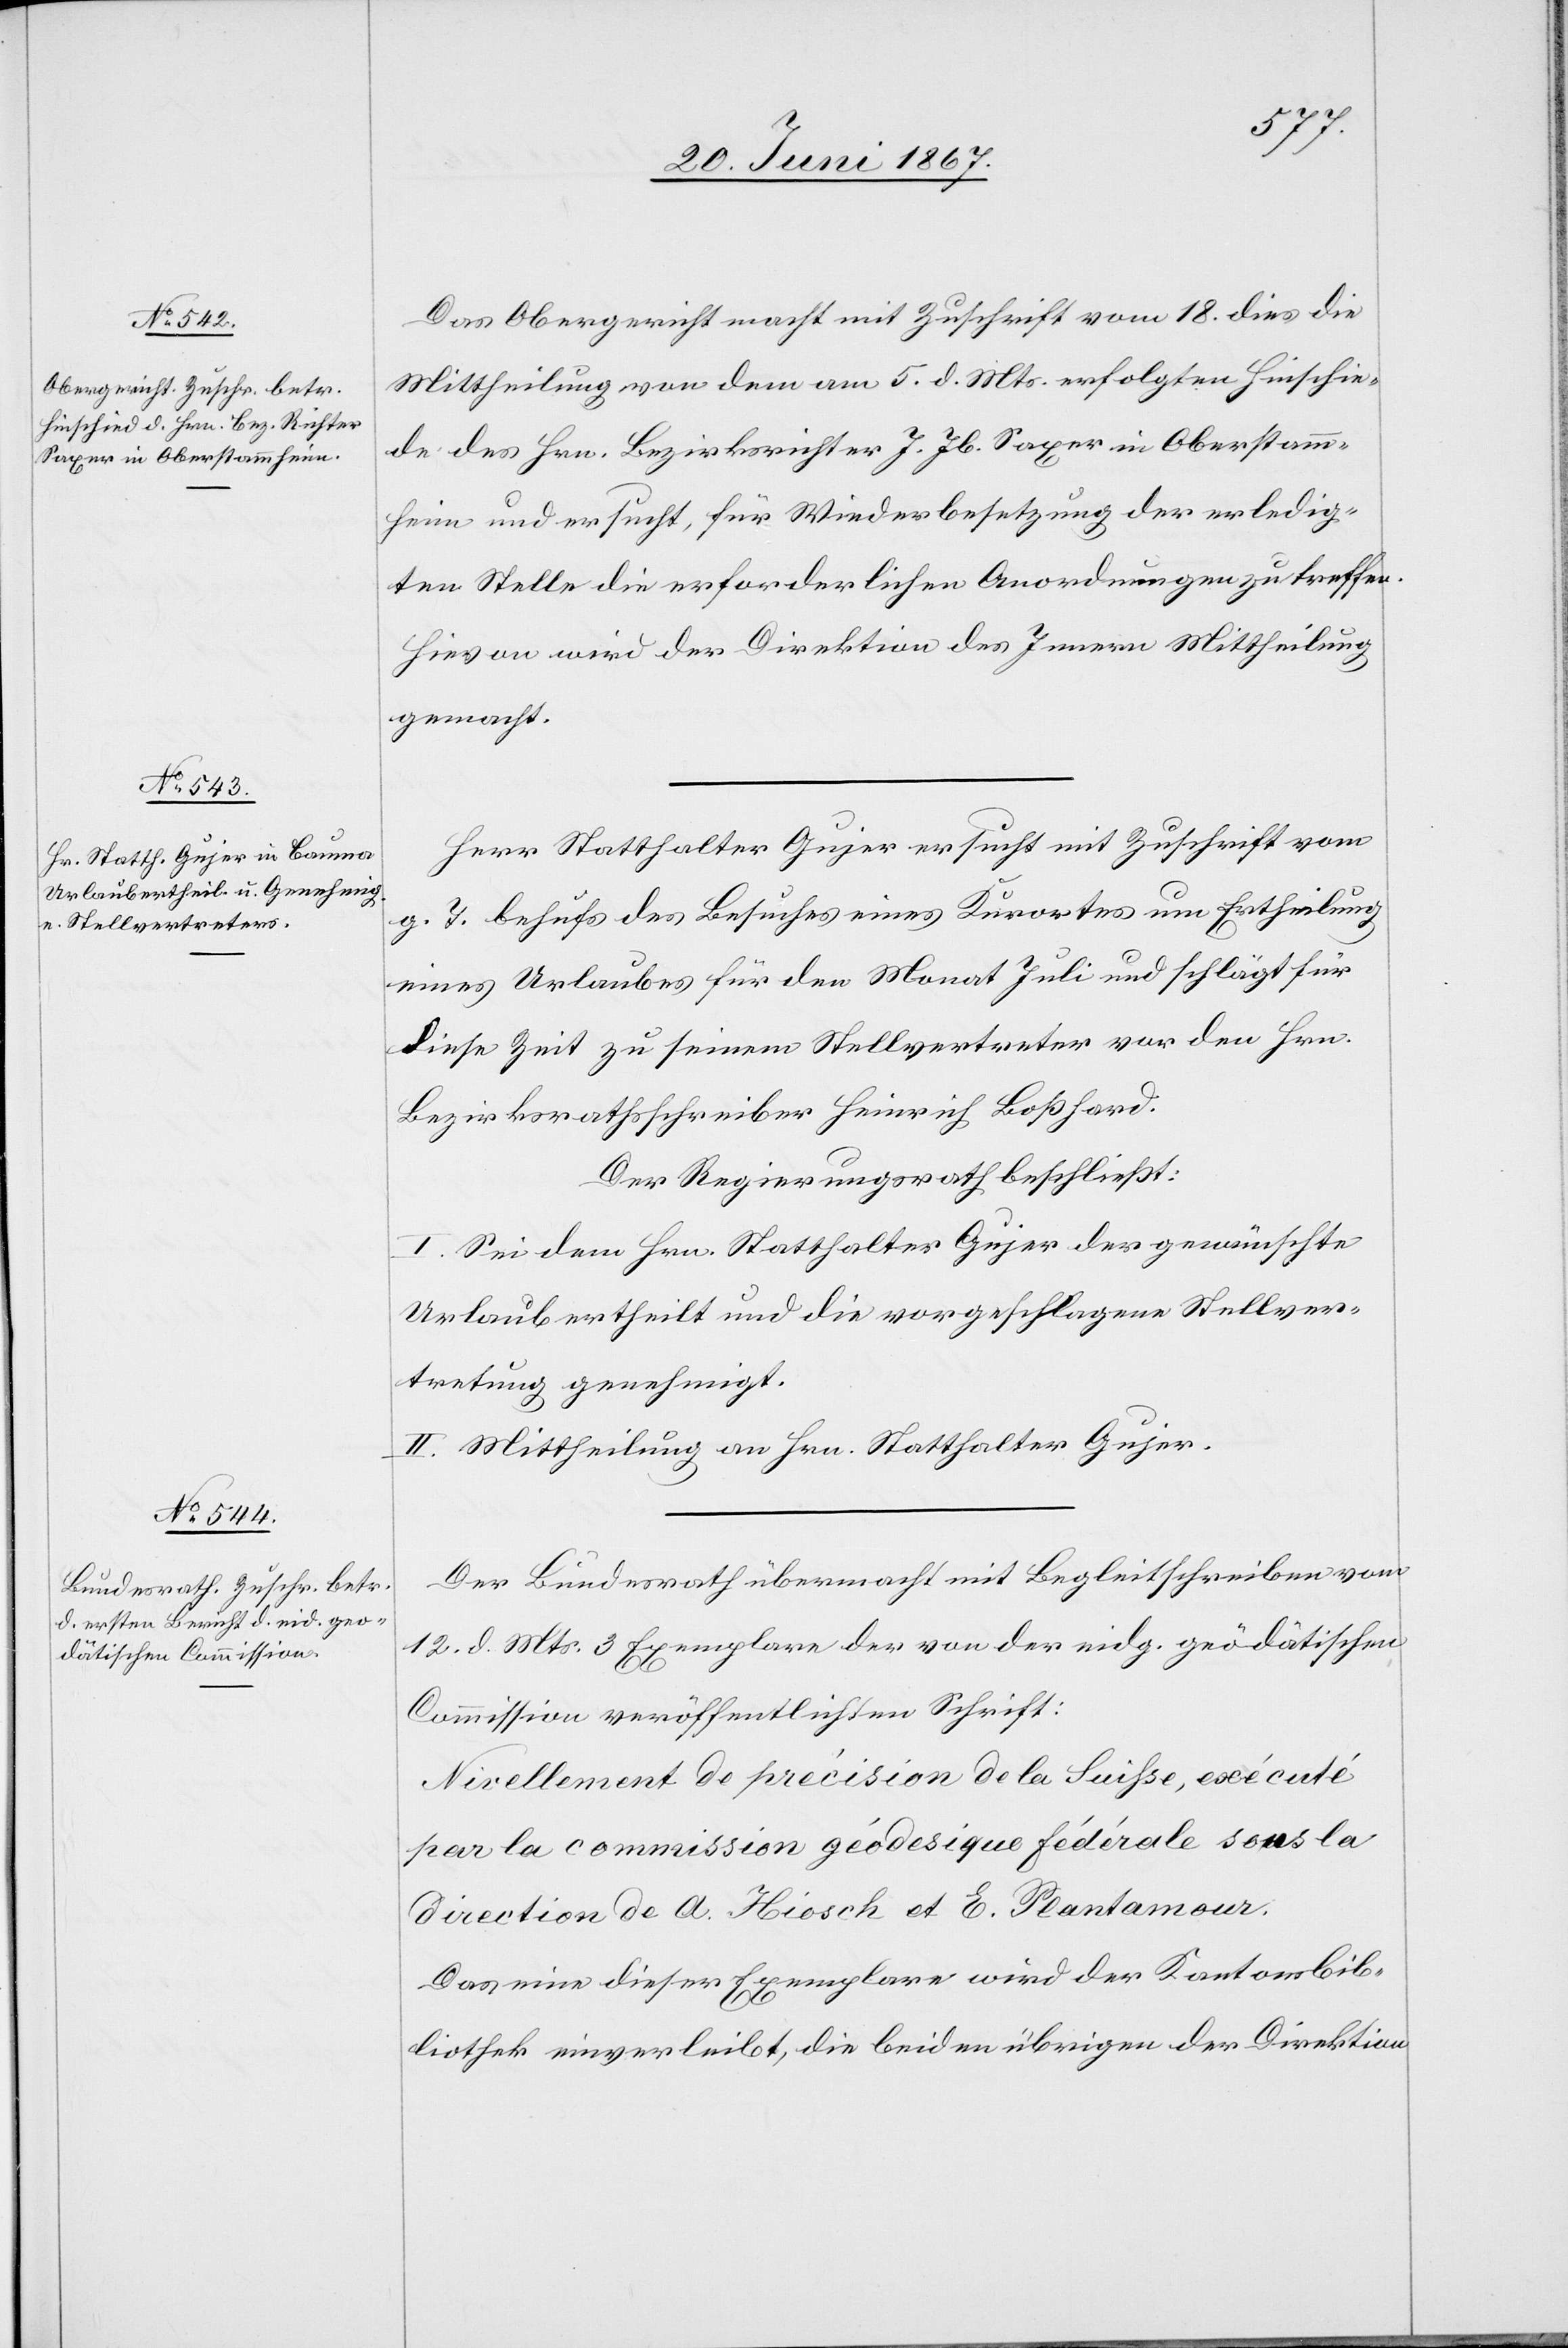
Das Obergericht macht mit Zuschrift vom 18. dies die
Mittheilung von dem am 5. d. Mts. erfolgten Hinschie¬
de des Hrn. Bezirksrichter J. Jb. Saxer in Oberstamm¬
heim und ersucht, für Wiederbesetzung der erledig¬
ten Stelle die erforderlichen Anordnungen zu treffen.
Hievon wird der Direktion des Innern Mittheilung
gemacht.
Herr Statthalter Gujer ersucht mit Zuschrift vom
g. T. behufs des Besuches eines Kurortes um Ertheilung
eines Urlaubes für den Monat Juli und schlägt für
diese Zeit zu seinem Stellvertreter vor den Hrn.
Bezirksrathsschreiber Heinrich Boßhard.
Der Regierungsrath beschließt:
I. Sei dem Hrn. Statthalter Gujer der gewünschte
Urlaub ertheilt und die vorgeschlagene Stellver¬
tretung genehmigt.
II. Mittheilung an Hrn. Statthalter Gujer.
Der Bundesrath übermacht mit Begleitschreiben vom
12. d. Mts. 3 Exemplare der von der eidg. geödätischen
Commission veröffentlichten Schrift:
Nivellement de précision de la Suiße, exécuté
par la commission géodesique fédérale sous la
direction de A. Hiesch et E. Plantamour.
Da seine dieser Exemplare wird der Kantonsbib¬
liothek einverleibt, die beiden übrigen der Direktion